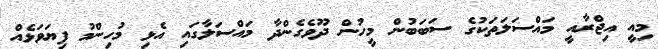
މިއީ އިޖްރާއީ މައްސަލަތަކުގެ ސަބަބުން މީހުން ދޫވެގެންދާ މައްސަލާގައި އެޅި މުހިންމު ފިޔަވަޅެއް